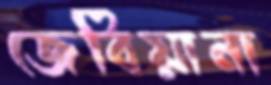
জেবিয়ানা